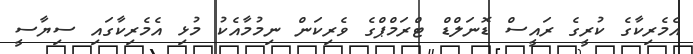
އެމެރިކާގެ ކުރީގެ ރައީސް ޑޮނަލްޑް ޓްރަމްޕްގެ ވެރިކަން ނިމުމާއެކު މުޅި އެމެރިކާގައި ސިޔާސީ